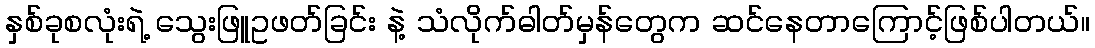
နှစ်ခုစလုံးရဲ့ သွေးဖြူဥဖတ်ခြင်း နဲ့ သံလိုက်ဓါတ်မှန်တွေက ဆင်နေတာကြောင့်ဖြစ်ပါတယ်။